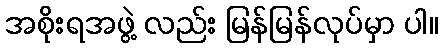
အစိုးရအဖွဲ့ လည်း မြန်မြန်လုပ်မှာ ပါ။